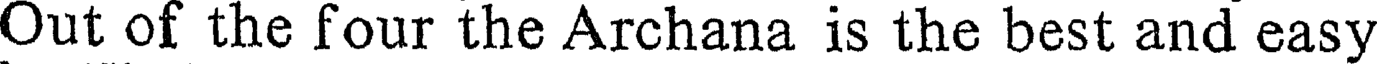
Out of the four the Archana is the best and easy